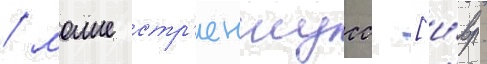
/ моше стр'еншусс [и́вр.